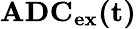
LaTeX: \mathbf{ADC_{ex}(t)}